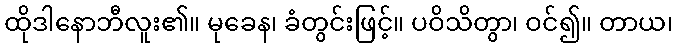
ထိုဒါနောဘီလူး၏။ မုခေန၊ ခံတွင်းဖြင့်။ ပဝိသိတွာ၊ ဝင်၍။ တာယ၊